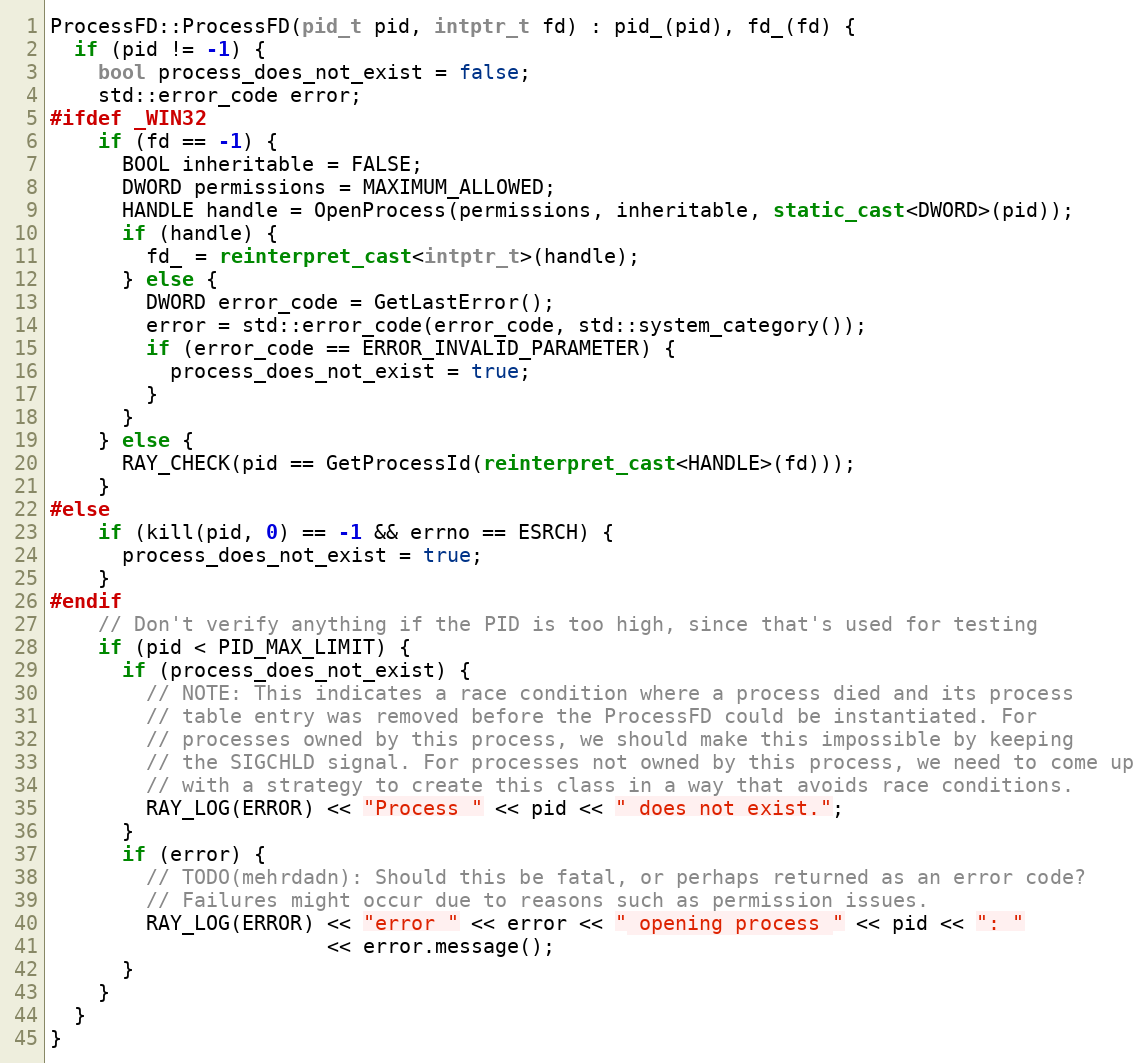
Language: C++
ProcessFD::ProcessFD(pid_t pid, intptr_t fd) : pid_(pid), fd_(fd) {
  if (pid != -1) {
    bool process_does_not_exist = false;
    std::error_code error;
#ifdef _WIN32
    if (fd == -1) {
      BOOL inheritable = FALSE;
      DWORD permissions = MAXIMUM_ALLOWED;
      HANDLE handle = OpenProcess(permissions, inheritable, static_cast<DWORD>(pid));
      if (handle) {
        fd_ = reinterpret_cast<intptr_t>(handle);
      } else {
        DWORD error_code = GetLastError();
        error = std::error_code(error_code, std::system_category());
        if (error_code == ERROR_INVALID_PARAMETER) {
          process_does_not_exist = true;
        }
      }
    } else {
      RAY_CHECK(pid == GetProcessId(reinterpret_cast<HANDLE>(fd)));
    }
#else
    if (kill(pid, 0) == -1 && errno == ESRCH) {
      process_does_not_exist = true;
    }
#endif
    // Don't verify anything if the PID is too high, since that's used for testing
    if (pid < PID_MAX_LIMIT) {
      if (process_does_not_exist) {
        // NOTE: This indicates a race condition where a process died and its process
        // table entry was removed before the ProcessFD could be instantiated. For
        // processes owned by this process, we should make this impossible by keeping
        // the SIGCHLD signal. For processes not owned by this process, we need to come up
        // with a strategy to create this class in a way that avoids race conditions.
        RAY_LOG(ERROR) << "Process " << pid << " does not exist.";
      }
      if (error) {
        // TODO(mehrdadn): Should this be fatal, or perhaps returned as an error code?
        // Failures might occur due to reasons such as permission issues.
        RAY_LOG(ERROR) << "error " << error << " opening process " << pid << ": "
                       << error.message();
      }
    }
  }
}